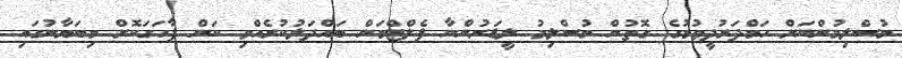
މުސްލިމުންނަށް ހަމްދަރުދީވުމުގެ ގޮތުން މުސްލިމު ލީޑަރުންނާ ފެލްޓްމަން ބައްދަލުކުރެއްވި ކަން ފާހަގަކޮށް މިބަޔާނުގައި